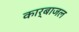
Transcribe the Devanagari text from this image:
कार्बाजल